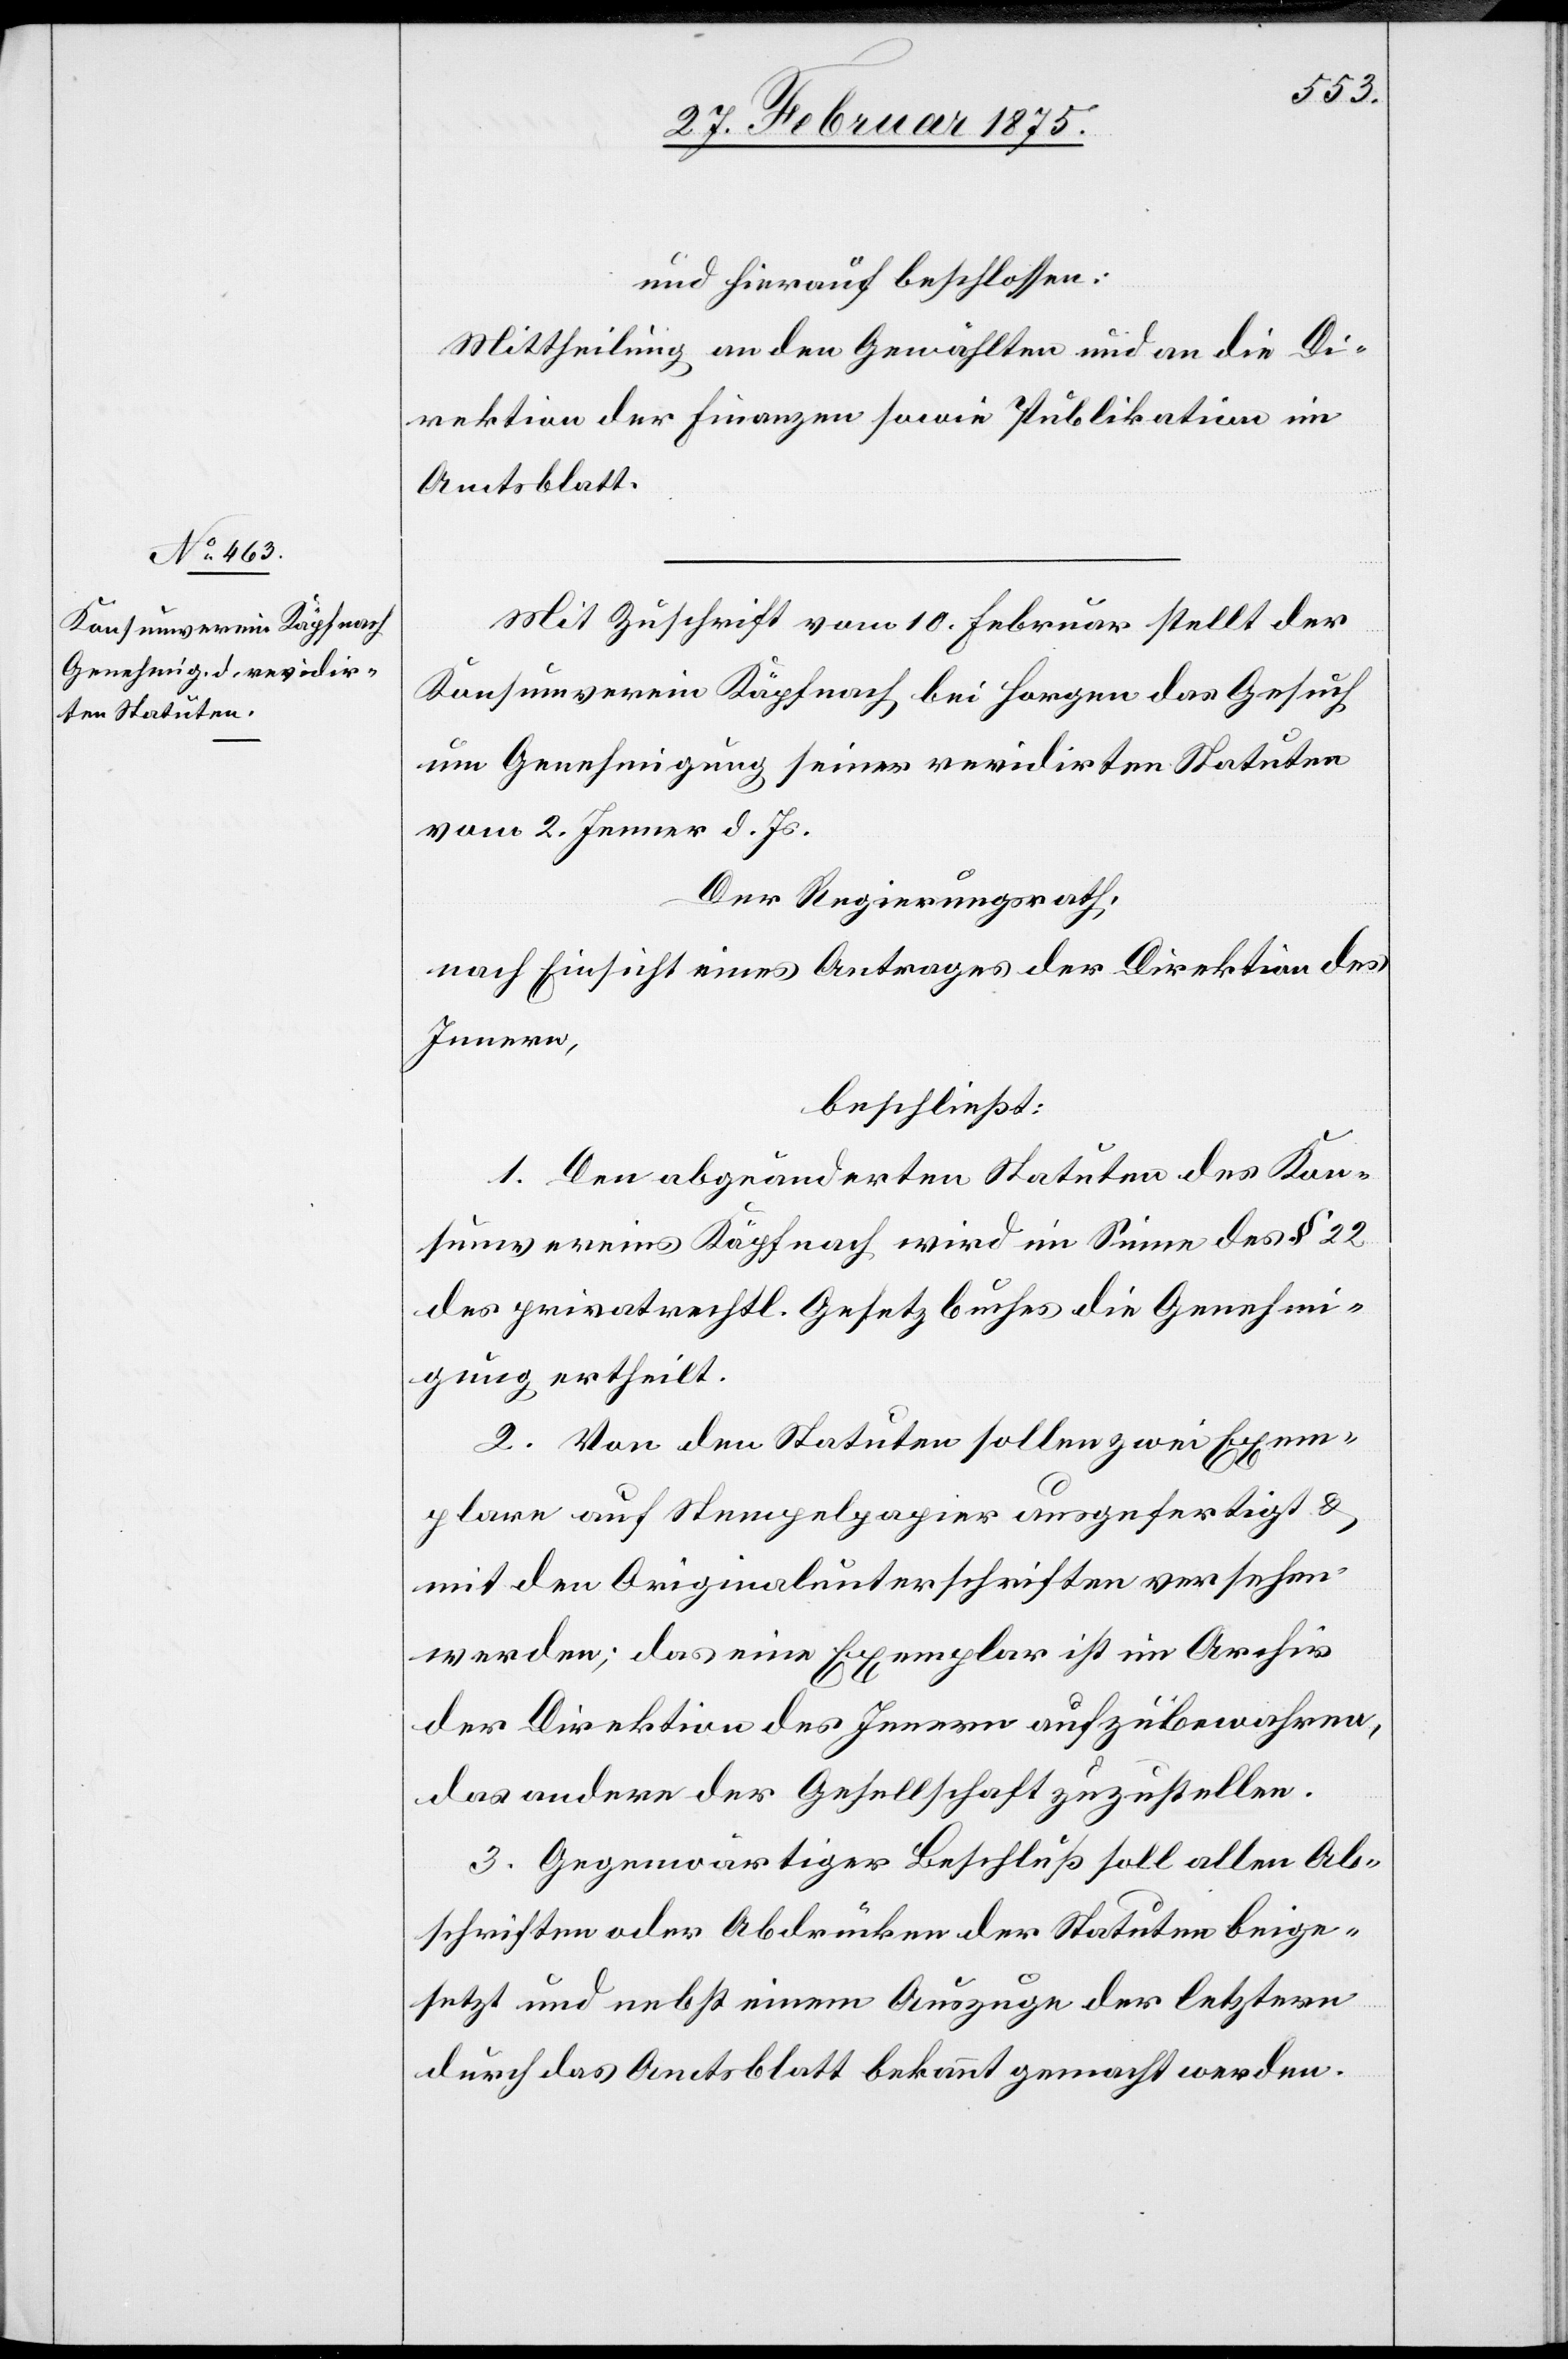
und hierauf beschlossen:
Mittheilung an den Gewählten und an die Di¬
rektion der Finanzen sowie Publikation im
Amtsblatt.
Mit Zuschrift vom 10. Februar stellt der
Konsumverein Käpfnach bei Horgen das Gesuch
um Genehmigung seiner revidirten Statuten
vom 2. Jenner d. Js.
Der Regierungsrath,
nach Einsicht eines Antrages der Direktion des
Inneren,
beschließt:
1. Den abgeänderten Statuten des Kon¬
sumvereins Käpfnach wird im Sinne des § 22
des privatrechtl. Gesetzbuches die Genehmi¬
gung ertheilt.
2. Von den Statuten sollen zwei Exem¬
plare auf Stempelpapier ausgefertigt &
mit den Originalunterschriften versehen
werden; das eine Exemplar ist im Archiv
der Direktion des Innern aufzubewahren,
das andere der Gesellschaft zuzustellen.
3. Gegenwärtiger Beschluß soll allen Ab¬
schriften oder Abdrücken der Statuten beige¬
setzt und nebst einem Auszuge der letztern
durch das Amtsblatt bekannt gemacht werden.